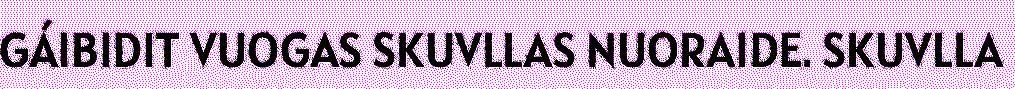
GÁIBIDIT VUOGAS SKUVLLAS NUORAIDE. SKUVLLA